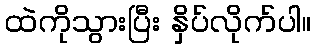
ထဲကိုသွားပြီး နှိပ်လိုက်ပါ။